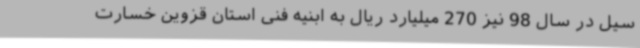
سیل در سال 98 نیز 270 میلیارد ریال به ابنیه فنی استان قزوین خسارت